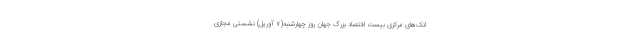
انک‌های مرکزی بیست اقتصاد بزرگ جهان روز چهارشنبه(۷ آوریل) نشستی مجازی